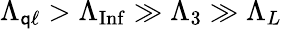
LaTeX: \Lambda_{\mathsf{q}\ell}>\Lambda_{\mathrm{{Inf}}}\gg\Lambda_{3}\gg\Lambda_{L}